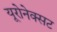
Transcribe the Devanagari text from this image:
यूरोनेक्सट